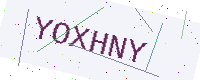
Text: YOXHNY